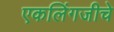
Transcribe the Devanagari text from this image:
एकलिंगजीचे